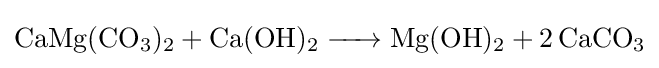
{\ce {CaMg(CO3)2 + Ca(OH)2 -> Mg(OH)2 + 2 CaCO3}}